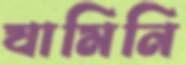
যামিনি